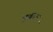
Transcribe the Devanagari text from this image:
फूर्ति